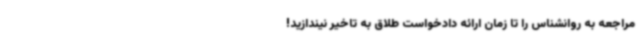
مراجعه به روانشناس را تا زمان ارائه دادخواست طلاق به تاخیر نیندازید!